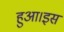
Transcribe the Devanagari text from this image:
हुआ।इस